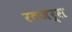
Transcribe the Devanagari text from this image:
रटजर्स